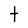
Character: t